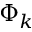
\Phi _ { k }